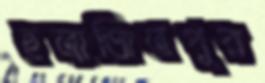
ছত্রাজিতপুর